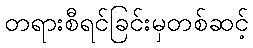
တရားစီရင်ခြင်းမှတစ်ဆင့်